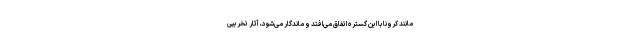
مانند کرونا با این گستره اتفاق می‌افتد و ماندگار می‌شود، آثار تخریبی